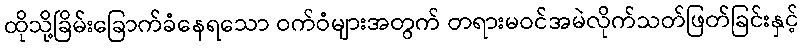
ထိုသို့ခြိမ်းခြောက်ခံနေရသော ဝက်ဝံများအတွက် တရားမဝင်အမဲလိုက်သတ်ဖြတ်ခြင်းနှင့်